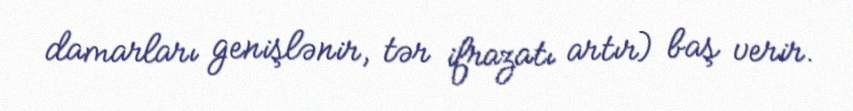
damarları genişlənir, tər ifrazatı artır) baş verir.